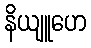
နိယျူဟေ